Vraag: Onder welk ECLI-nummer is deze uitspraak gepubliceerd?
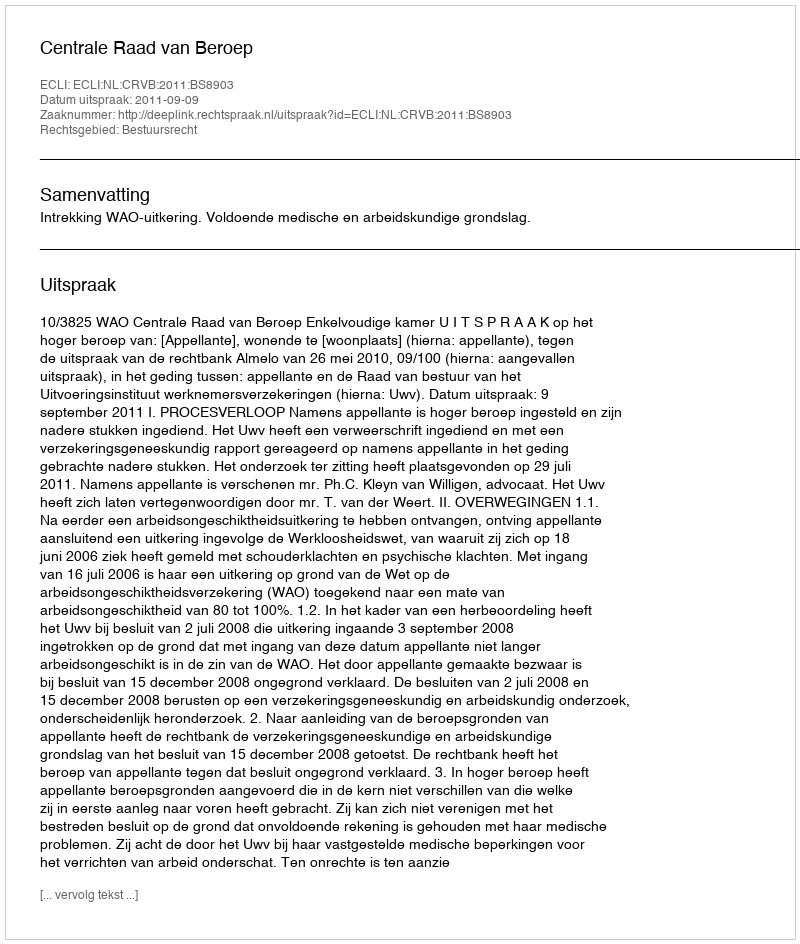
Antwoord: ECLI:NL:CRVB:2011:BS8903